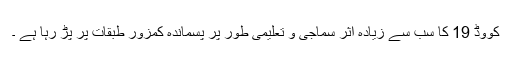
کووڈ 19 کا سب سے زیادہ اثر سماجی و تعلیمی طور پر پسماندہ کمزور طبقات پر پڑ رہا ہے ۔